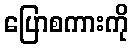
ပြောစကားကို